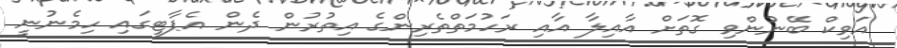
އަވިކް ބޭނުންވި ގޮތަށް އާއިލާ އާއި ރަހުމަތްތެރިންގެ އިތުރުން ދެން އެޕާޓީގައި ހިމެނުނީ